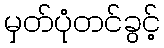
မှတ်ပုံတင်ခွင့်